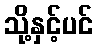
သို့နှင့်ပင်